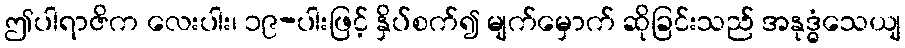
ဤပါရာဇိက လေးပါး၊ ၁၉-ပါးဖြင့် နှိပ်စက်၍ မျက်မှောက် ဆိုခြင်းသည် အနုဒ္ဓံသေယျ